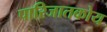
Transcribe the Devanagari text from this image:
पारिजातकोय